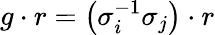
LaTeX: g\cdot r=\left(\sigma_{i}^{-1}\sigma_{j}\right)\cdot r